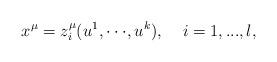
LaTeX: \begin{align*}x^\mu =z_i^\mu (u^1,\cdot \cdot \cdot ,u^k),\;\;\;\;i=1,...,l,\end{align*}